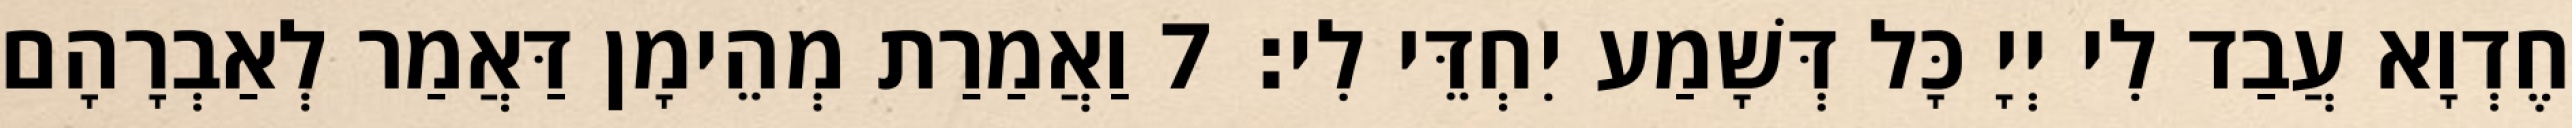
חֶדְוָא עֲבַד לִי יְיָ כָּל דְּשָׁמַע יִחְדֵּי לִי׃ 7 וַאֲמַרַת מְהֵימָן דַּאֲמַר לְאַבְרָהָם